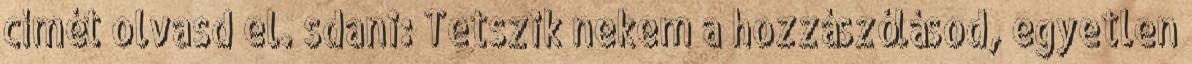
címét olvasd el. sdani: Tetszik nekem a hozzászólásod, egyetlen